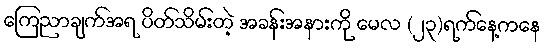
ကြေညာချက်အရ ပိတ်သိမ်းတဲ့ အခန်းအနားကို မေလ (၂၃)ရက်နေ့ကနေ